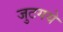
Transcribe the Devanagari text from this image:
जुटगये